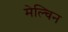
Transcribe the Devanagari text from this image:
मेल्चिन